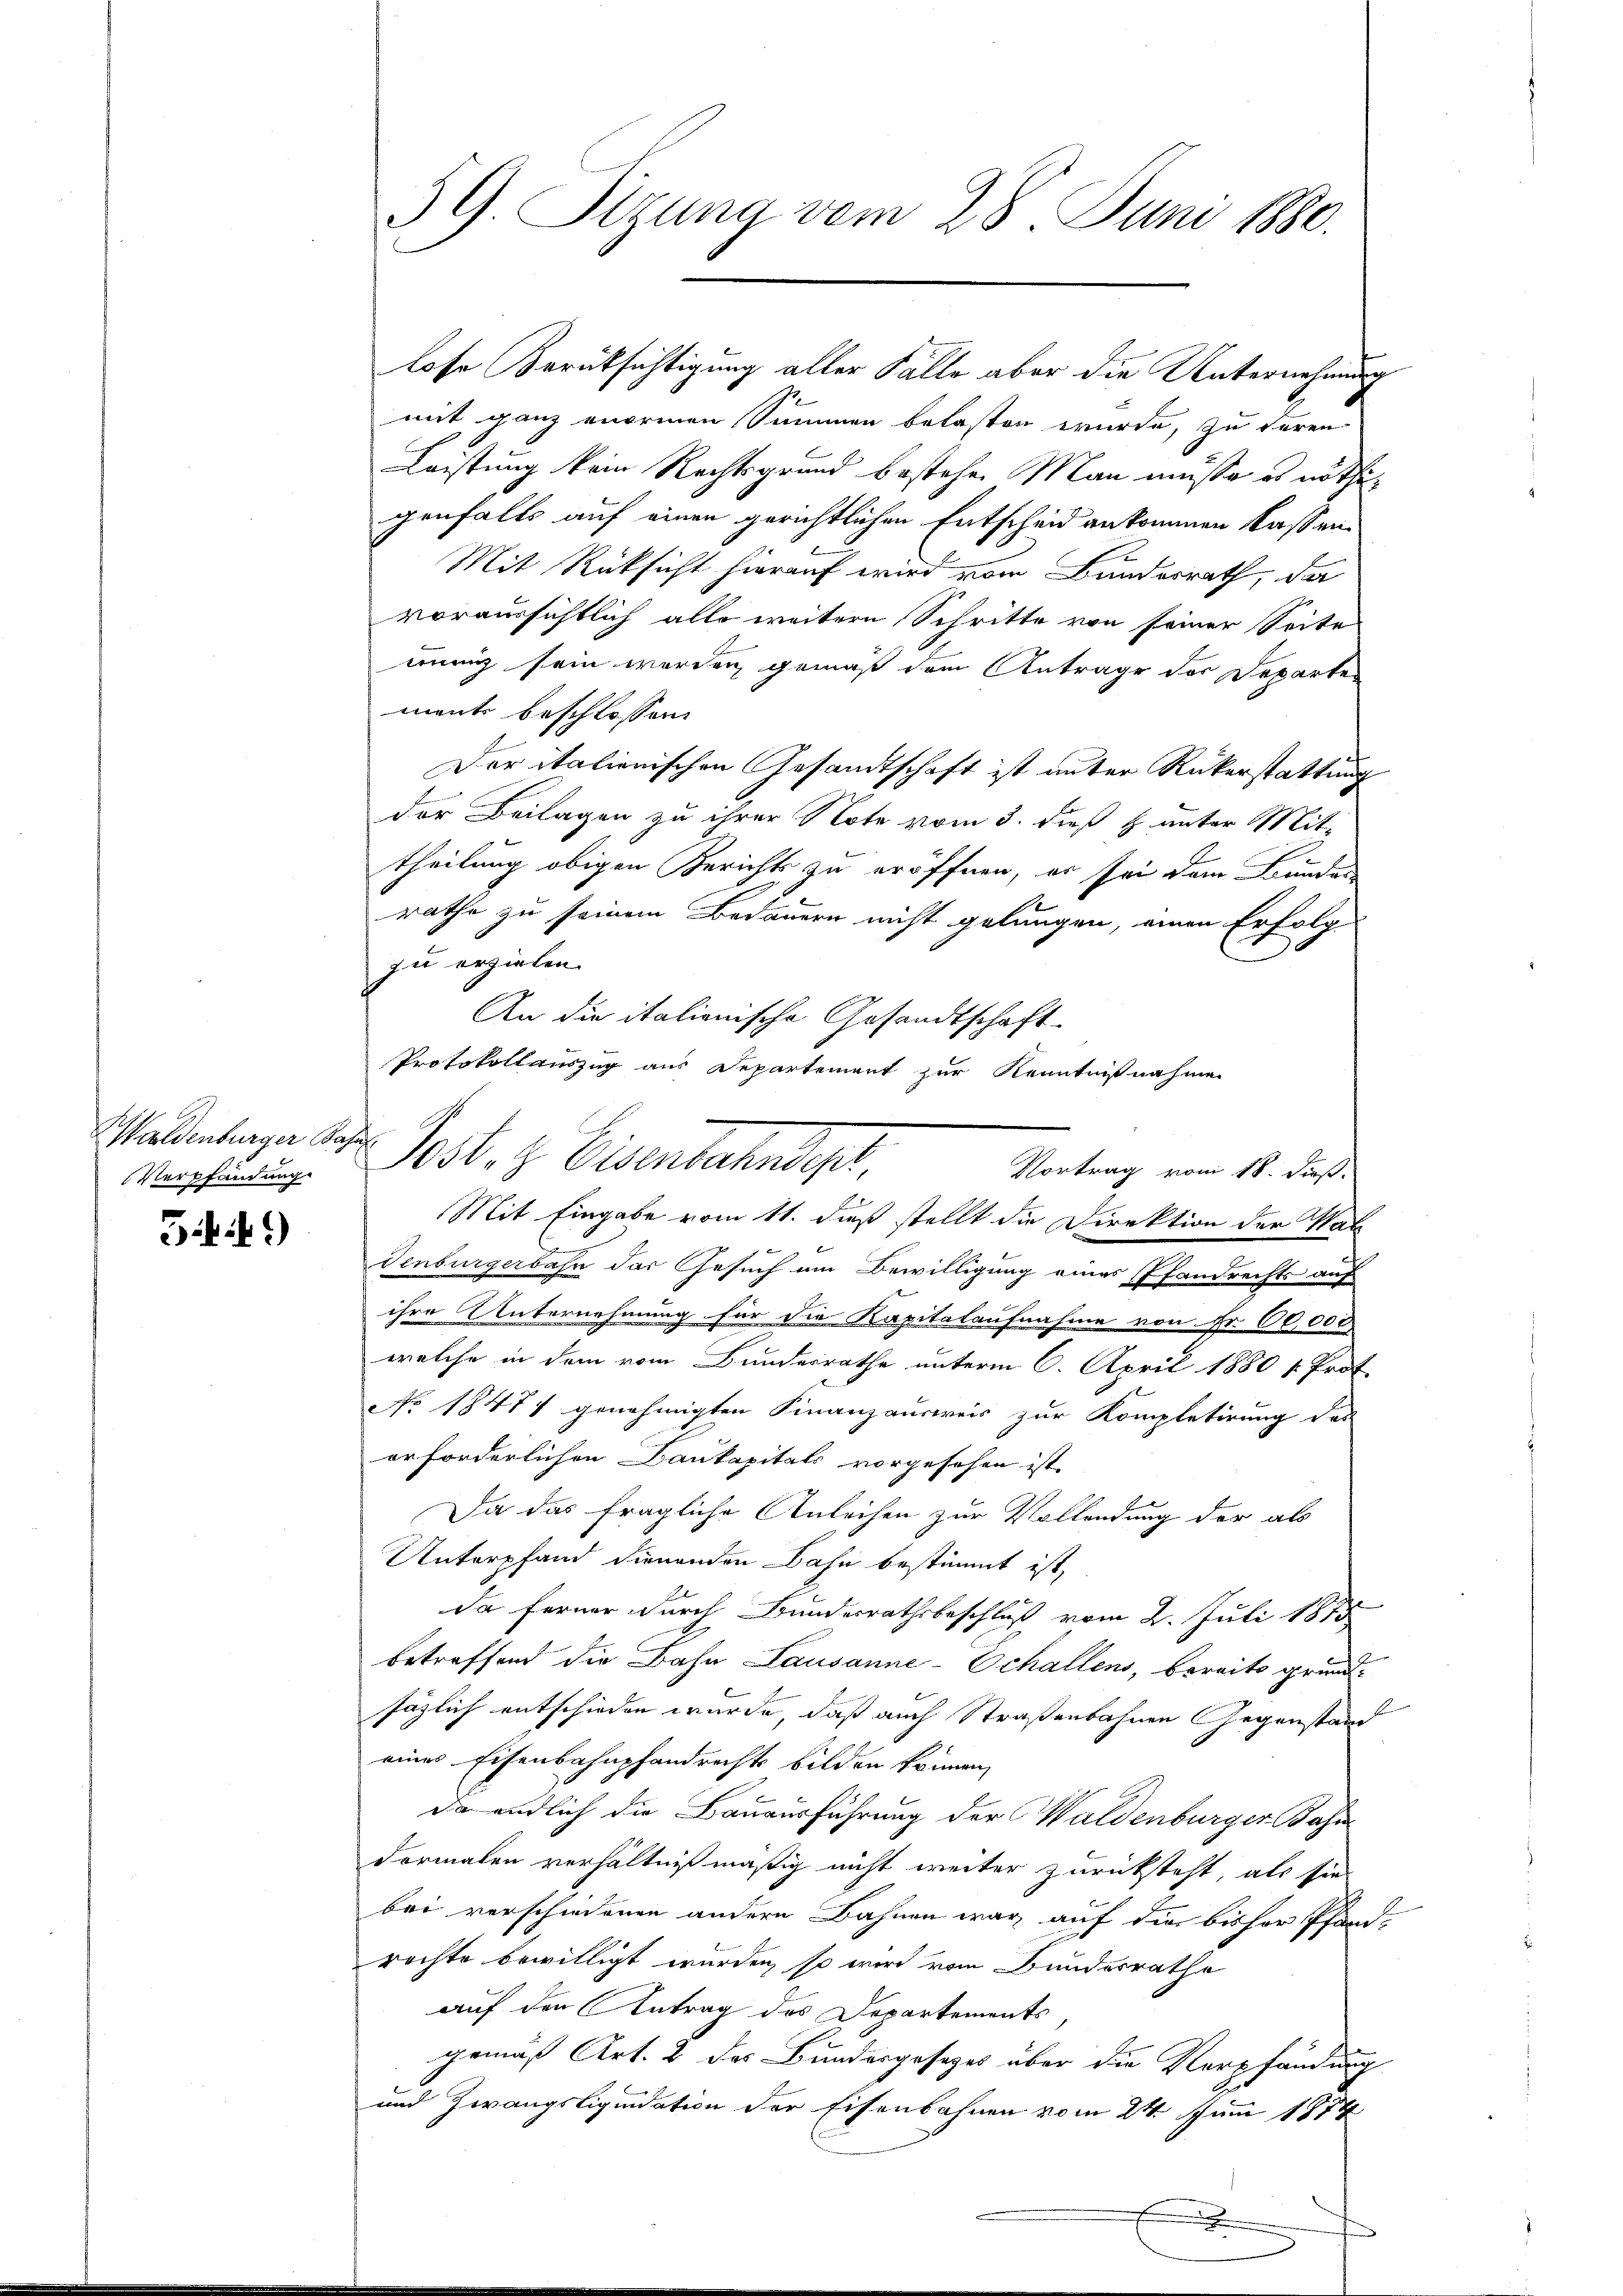
Haldenburger Bahnl
Verpfändung

5f.1)

59. Sizung vom 28. Juni 1880.

mit ganz enormen Summen belasten wurde, zu deren
Leistung kein Rechtsgrund bestehe. Man müße es nöthigenfalls auf einen gerichtlichen Entscheid ankommen lassen,
Mit Rücksicht hierauf wird vom Bundesrath, da
voraussichtlich alle weitern Schritte von seiner Seite
ennig sein werden, gemäß dem Antrage der Departen
mente beschlossen:
Der italienischen Gesandtschaft ist unter Rükerstattung
der Beilagen zu ihrer Note vom 3. dieß & unter Mittheilung obigen Bericht zu eröffnen, es sei den Bundes
rathe zu seinem Bedauern nicht gelungen, einen Erfolg
zu erzielen.
An die italienische Gesandtschaft
Protokollauszug aus Departement zur Kenntnißnahme
denburgerbahn das Gesuch um Bewilligung eines Pfandrechts auf
ihre Unternehmung für die Kapitalaufnahme von Fr. 60,000
welche in dem vom Bundesrathe unterm 6. April 1880 v. Prot
NNo. 18477 genehmigten Finanzausweis zur Kompletirung des
orforderlichen Baukapitals vorgesehen ist.
Da das fragliche Anleihen zur Vollendung der als
Unterpfand dienenden Bahn bestimmt ist,
da ferner durch Bundesrathsbeschluß vom 2. Juli 1875
betreffend die Bahn Lausanne-Echallens, bereits grund-
säglich entschieden wurde, daß auch Straßenbahnen Gegenstand
eines Eisenbahnpfandrechts bilden können,
Da endlich die Bauausführung der Waldenburger Bahn
dormalen verhältnißmäßig nicht weiter zurücksteht, als sie
bei verschiedenen andern Bahnen war auf die bisher Pfand-
rachte bewilligt wurden, so wird vom Bundesrathe
auf den Antrag des Departements
gemäß Art. 2 des Bundergesezes über die Verpfändung
und Zwangsliquidation der Eisenbahnen vom 24. Juni 1874

lose Berücksichtigung aller Fälle aber die Unternehmung

Sest. H. Eisenbahndie
Vortrag vom 18. dieß.
Mit Eingabe vom 11. dieß stellt die Direktion der Wal